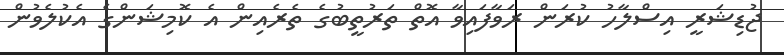
ޖުޑިޝަރީ އިސްލާހު ކުރަން ރަވާފައިވާ އޮތް ތަރުތީބުގެ ތެރެއިން އެ ކޮމިޝަންގެ އެކުލެވުން